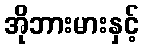
အိုဘားမားနှင့်